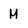
Character: M